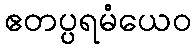
ဧတပ္ပရမံယေဝ